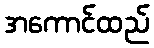
အကောင်ထည်